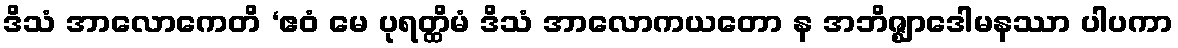
ဒိသံ အာလောကေတိ ‘ဧဝံ မေ ပုရတ္ထိမံ ဒိသံ အာလောကယတော န အဘိဇ္ဈာဒေါမနဿာ ပါပကာ